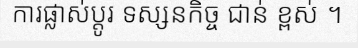
ការផ្លាស់ប្តូរ ទស្សនកិច្ច ជាន់ ខ្ពស់ ។